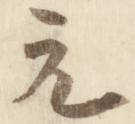
元